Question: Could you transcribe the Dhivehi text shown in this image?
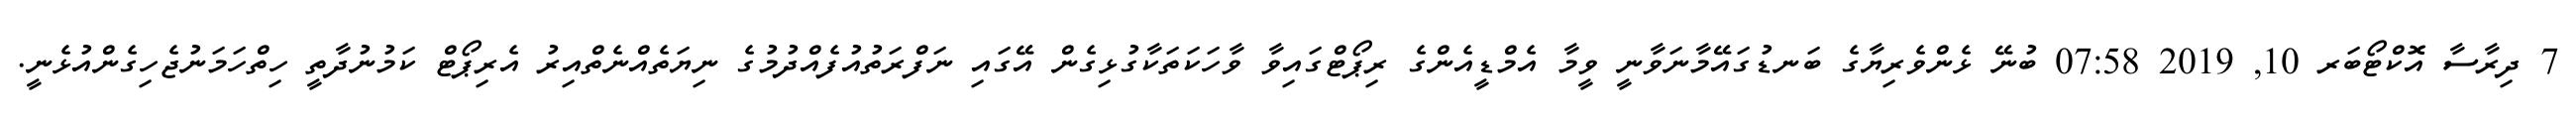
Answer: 7 ދިރާސާ އޮކްޓޯބަރ 10, 2019 07:58 ބުނޭ ޅެންވެރިޔާގެ ބަނޑުގައޭމާނަވާނީ ވީމާ އެމްޑީއެންގެ ރިޕޯޓްގައިވާ ވާހަކަތަކާގުޅިގެން އޭގައި ނަފްރަތުއުފެއްދުމުގެ ނިޔަތެއްނެތްއިރު އެރިޕޯޓް ކަމުނުދާތީ ހިތްހަމަނުޖެހިގެންއުޅެނީ.